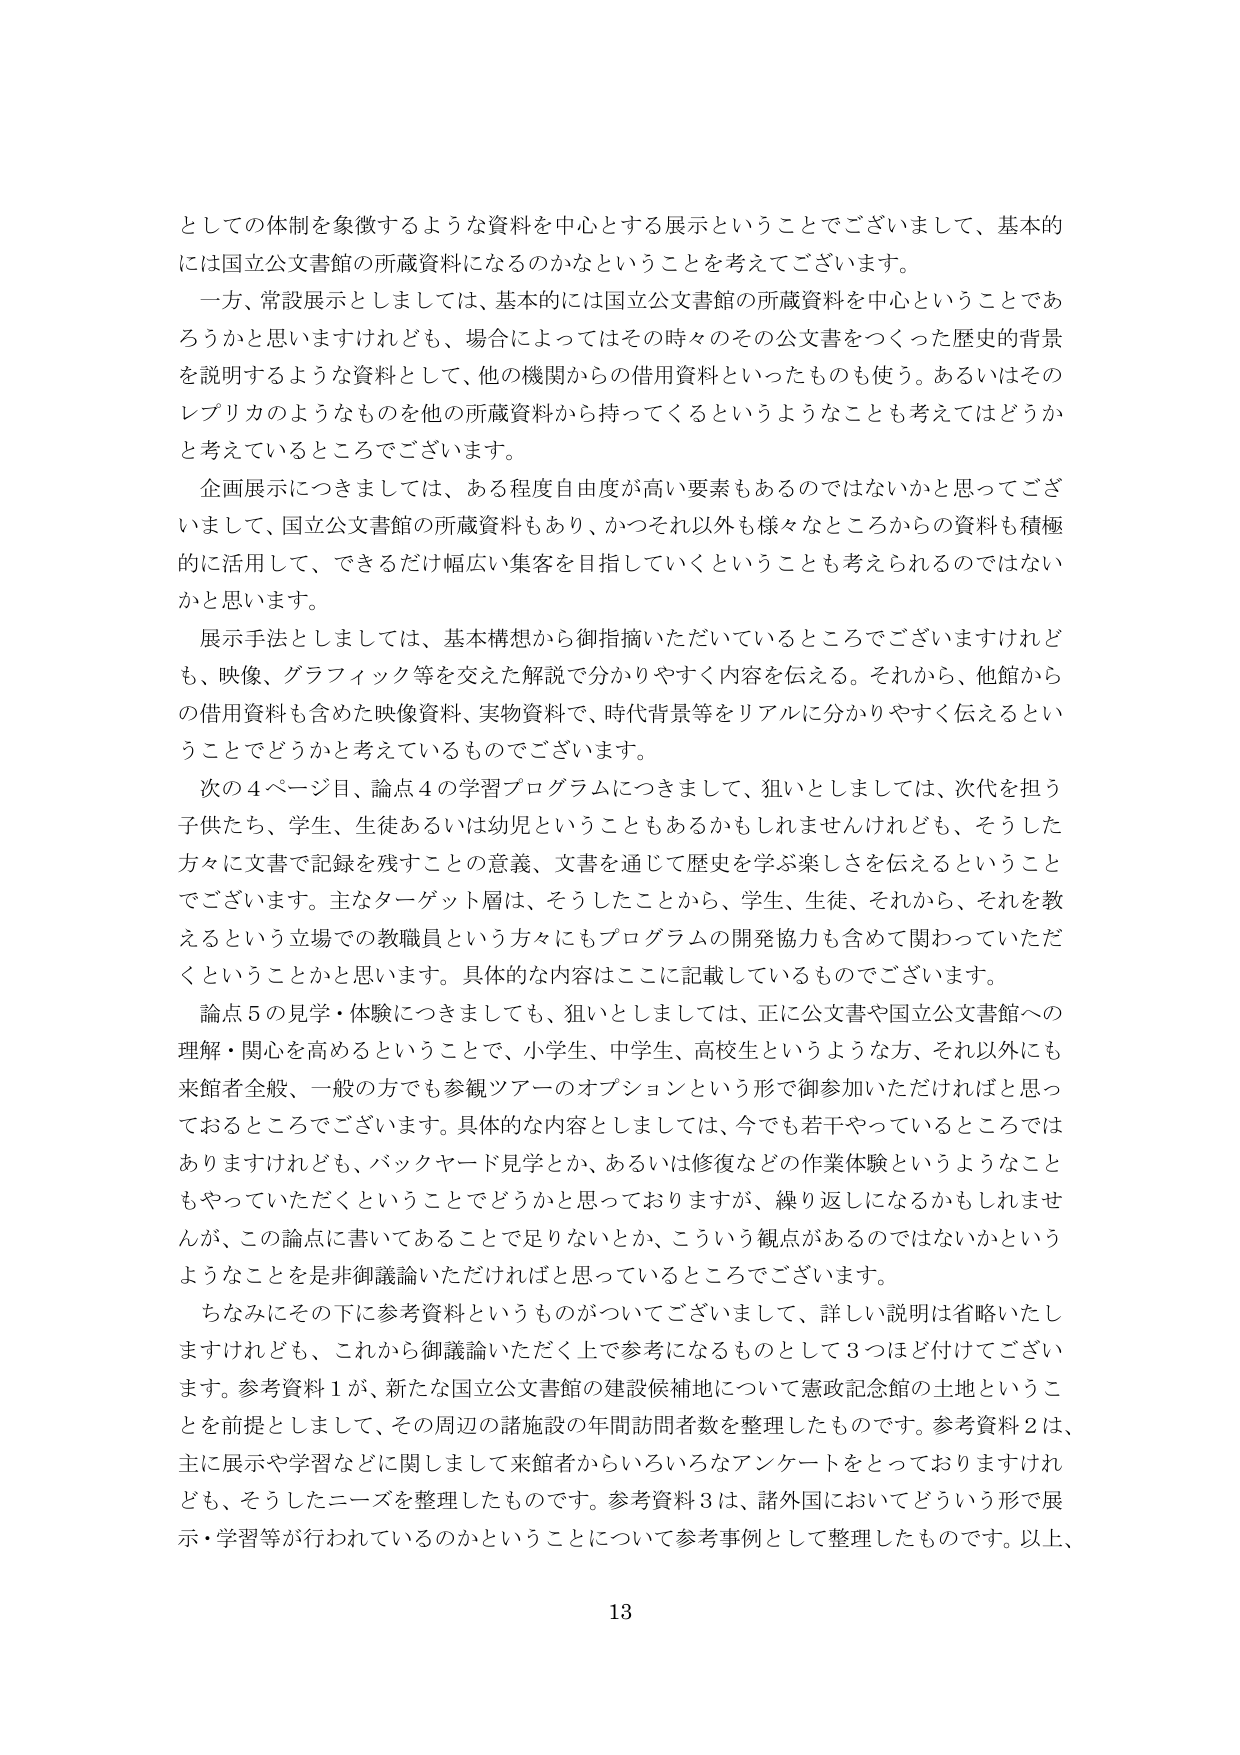
としての体制を象徴するような資料を中心とする展示ということでございまして、基本的には国立公文書館の所蔵資料になるのかなということを考えてございます。

一方、常設展示としましては、基本的には国立公文書館の所蔵資料を中心ということでありますかと思いますけれども、場合によってはその時々のその公文書をつくった歴史的背景を説明するような資料として、他の機関からの借用資料といったものも使う。あるいはそのレプリカのようなものを他の所蔵資料から持ってくるというようなことも考えてはどうかと考えているところでございます。

企画展示につきましては、ある程度自由度が高い要素もあるのではないかと思ってございまして、国立公文書館の所蔵資料もあり、かつそれ以外も様々なところからの資料も積極的に活用して、できるだけ幅広い集客を目指していくということも考えられるのではないかと思います。

展示手法としましては、基本構想から御指摘いただいているところでございますけれども、映像、グラフィック等を交えた解説で分かりやすく内容を伝える。それから、他館からの借用資料も含めた映像資料、実物資料で、時代背景等をリアルに分かりやすく伝えるということでどうかと考えているものでございます。

次の４ページ目、論点４の学習プログラムにつきまして、狙いとしましては、次代を担う子供たち、学生、生徒あるいは幼児ということもあるかもしれませんけれども、そうした方々に文書で記録を残すことの意義、文書を通じて歴史を学ぶ楽しさを伝えるということでございます。主なターゲット層は、そうしたことから、学生、生徒、それから、それを教えるという立場での教職員という方々にもプログラムの開発協力を含めて関わっていただくということかと思います。具体的な内容はここに記載しているものでございます。

論点５の見学・体験につきましても、狙いとしましては、正に公文書や国立公文書館への理解・関心を高めるということで、小学生、中学生、高校生というような方、それ以外にも来館者全般、一般の方でも参観ツアーのオプションという形で御参加いただければと思っておるところでございます。具体的な内容としましては、今でも若干やっているところではありますけれども、バックヤード見学とか、あるいは修復などの作業体験というようなこともやっていただくということでどうかと思っておりますが、繰り返しになるかもしれませんが、この論点に書いてあることで足りないとか、こういう観点があるのではないかというようなことを是非御議論いただければと思っているところでございます。

ちなみにその下に参考資料というものがあってございまして、詳しい説明は省略いたしますけれども、これから御議論いただく上で参考になるものとして３つほど付けてございます。参考資料１が、新たな国立公文書館の建設候補地について憲政記念館の土地ということを前提としまして、その周辺の諸施設の年間訪問者数を整理したものです。参考資料２は、主に展示や学習などに関しまして来館者からいろいろなアンケートをとっておりますけれども、そうしたニーズを整理したものです。参考資料３は、諸外国においてどういう形で展示・学習等が行われているのかということについて参考事例として整理したものです。以上、

13